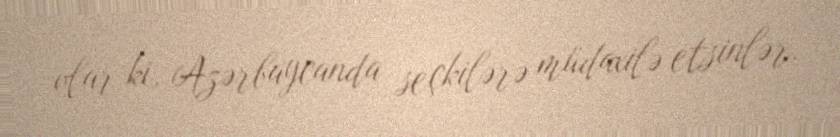
olar ki, Azərbaycanda seçkilərə müdaxilə etsinlər.